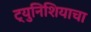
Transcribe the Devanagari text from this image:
ट्युनिशियाचा